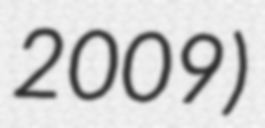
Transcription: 2009)